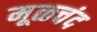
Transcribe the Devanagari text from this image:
मूळचंद